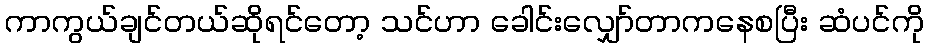
ကာကွယ်ချင်တယ်ဆိုရင်တော့ သင်ဟာ ခေါင်းလျှော်တာကနေစပြီး ဆံပင်ကို